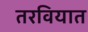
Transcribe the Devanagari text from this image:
तरवियात